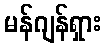
မန်ဂျန်ရှား